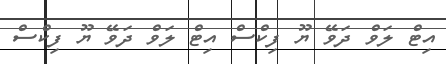
އިޓް ލަވް ދަވޭ ޔޫ ފިކްސް އިޓް ލަވް ދަވޭ ޔޫ ފިކްސް